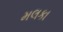
મલકા